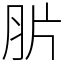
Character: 䏒